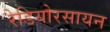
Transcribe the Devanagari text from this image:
रेडियोरसायन